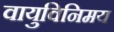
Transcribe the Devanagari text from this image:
वायुविनिमय